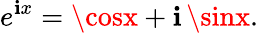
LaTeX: e^{\mathbf{i}x}=\cosx+\mathbf{i}\, \sinx.